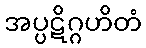
အပ္ပဋိဂ္ဂဟိတံ